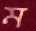
ম